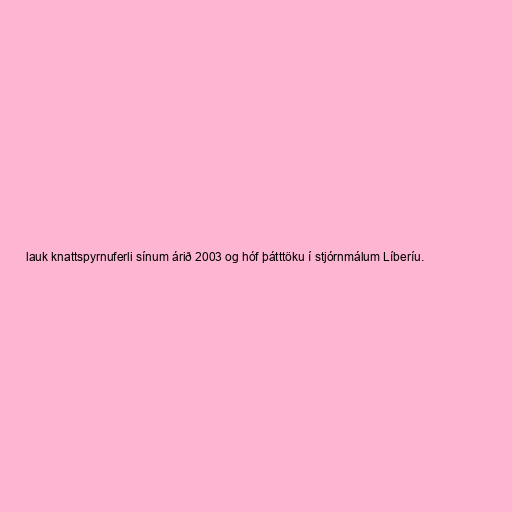
lauk knattspyrnuferli sínum árið 2003 og hóf þátttöku í stjórnmálum Líberíu.